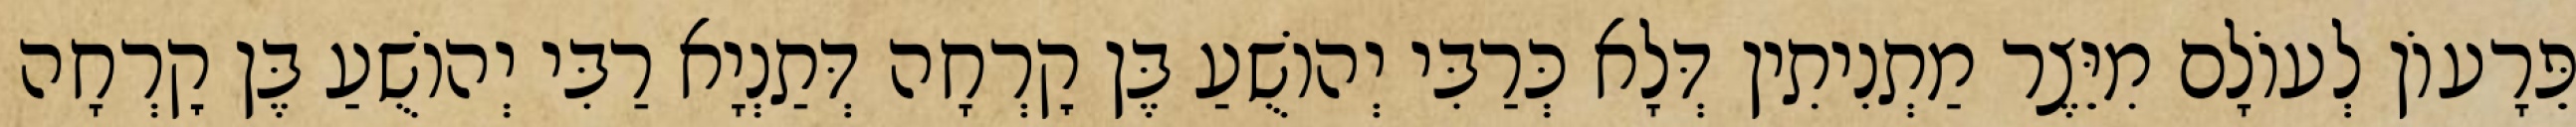
פֵּרָעוֹן לְעוֹלָם מִיֵּצֶר מַתְנִיתִין דְּלָא כְּרַבִּי יְהוֹשֻׁעַ בֶּן קׇרְחָה דְּתַנְיָא רַבִּי יְהוֹשֻׁעַ בֶּן קׇרְחָה